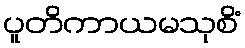
ပူတိကာယမသုစိံ